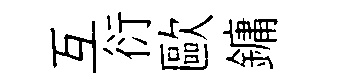
互衍歐鏞